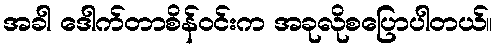
အခါ ဒေါက်တာစိန်ဝင်းက အခုလိုစပြောပါတယ်။